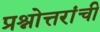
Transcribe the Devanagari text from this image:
प्रश्नोत्तरांची